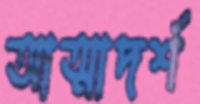
আত্মাদর্শ